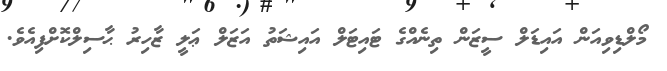
މޯލްޑިވިއަން އައިޑަލް ސީޒަން ތިނެއްގެ ޓައިޓަލް އައިޝަތު އަޒަލް ޢަލީ ޒާހިރު ޙާސިލްކޮށްފިއެވެ.